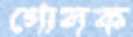
গোলক